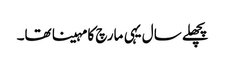
پچھلے سال یہی مارچ کا مہینا تھا۔